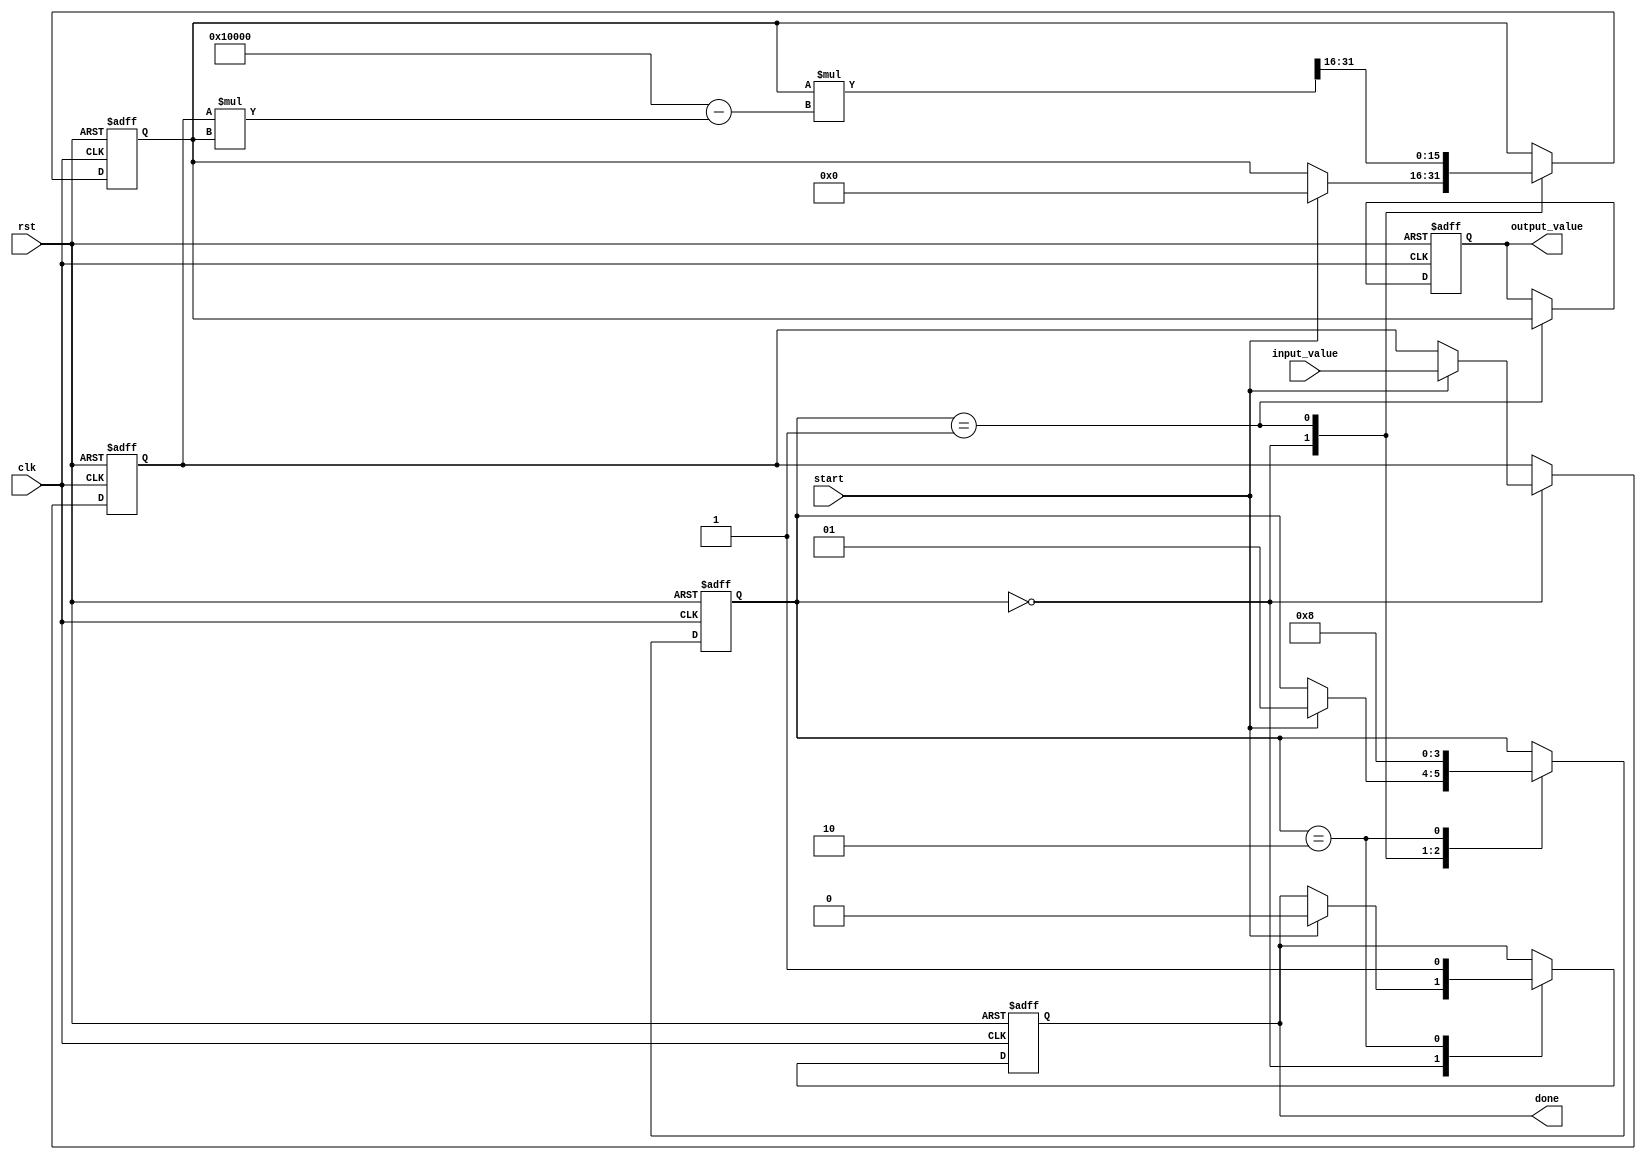
module systolic_array_reciprocal #(
    parameter WIDTH = 16, // Bit-width for input and output
    parameter ITERATIONS = 4 // Number of iterations for convergence
)(
    input wire clk,
    input wire rst,
    input wire [WIDTH-1:0] input_value, // Input value for which reciprocal is computed
    input wire start, // Signal to start computation
    output reg [WIDTH-1:0] output_value, // Computed reciprocal
    output reg done // Signal indicating completion
);

    // Internal signals for the systolic array
    reg [WIDTH-1:0] PE [0:1][0:1]; // Processing Elements (2x2 array)
    reg [WIDTH-1:0] temp_value; // Temporary value for calculations
    reg [1:0] state; // State machine for control logic
    integer i; // Loop variable

    // State definitions
    localparam IDLE = 2'b00;
    localparam COMPUTE = 2'b01;
    localparam DONE = 2'b10;

    // Initial state
    initial begin
        state = IDLE;
        output_value = 0;
        done = 0;
    end

    // Main control logic
    always @(posedge clk or posedge rst) begin
        if (rst) begin
            state <= IDLE;
            output_value <= 0;
            done <= 0;
            // Reset all PEs
            for (i = 0; i < 2; i = i + 1) begin
                PE[i][0] <= 0;
                PE[i][1] <= 0;
            end
        end else begin
            case (state)
                IDLE: begin
                    if (start) begin
                        // Initialize PEs with input value
                        PE[0][0] <= input_value;
                        PE[0][1] <= 0; // Initial guess for reciprocal
                        state <= COMPUTE;
                        done <= 0;
                    end
                end

                COMPUTE: begin
                    // Perform iterative reciprocal calculation using Newton-Raphson method
                    for (i = 0; i < ITERATIONS; i = i + 1) begin
                        // PE[0][0] holds the input value
                        // PE[0][1] holds the current guess for reciprocal
                        // Update guess: x_new = x_old * (2 - x_old * x)
                        temp_value = PE[0][1];
                        PE[0][1] <= temp_value * (2**WIDTH - PE[0][0] * temp_value) >> WIDTH; // Shift for fixed-point
                    end

                    // Store final result
                    output_value <= PE[0][1];
                    state <= DONE;
                end

                DONE: begin
                    done <= 1; // Indicate completion
                    state <= IDLE; // Go back to IDLE state
                end
            endcase
        end
    end

endmodule